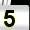
Digit: 5